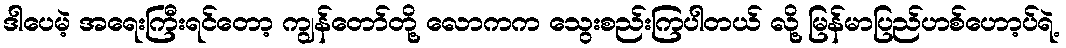
ဒါပေမဲ့ အရေးကြီးရင်တော့ ကျွန်တော်တို့ လောကက သွေးစည်းကြပါတယ် လို့ မြန်မာပြည်ဟစ်ဟော့ပ်ရဲ့